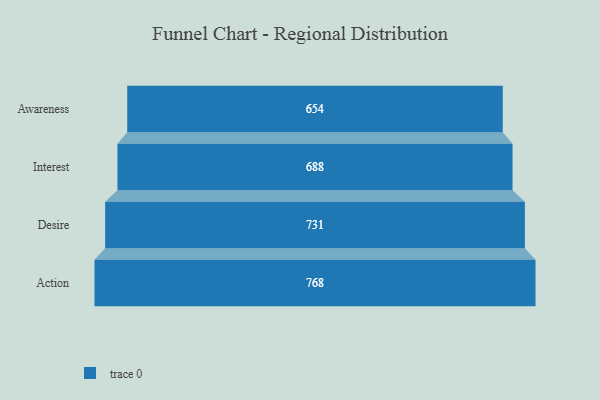
{"axis": {"x": "Stage", "y": "Value"}, "legend": [""], "data": [{"x": "Awareness", "y": 654.0, "type": ""}, {"x": "Interest", "y": 688.0, "type": ""}, {"x": "Desire", "y": 731.0, "type": ""}, {"x": "Action", "y": 768.0, "type": ""}]}